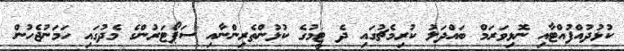
ކުޅުދުއްފުއްޓާއި ނޮޅިވަރަމް ބައްދަލު ކުރިމެޗުގައި ދެ ޓީމުގެ ކުޅުންތެރިންނާއި ސަޕޯޓަރުންގެ މެދުގައި ހަމަނުޖެހުން